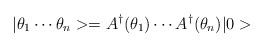
\begin{align*}|\theta_1\cdots\theta_n>=A^{\dagger}(\theta_1)\cdots A^{\dagger}(\theta_n)|0>\end{align*}